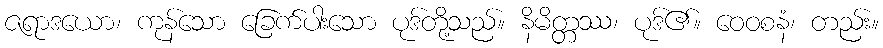
ဇရာဒယော၊ ကုန်သော ခြေက်ပါးသော ပုဒ်တို့သည်။ နိမိတ္တဿ၊ ပုဒ်၏။ ဝေဝစနံ၊ တည်း။